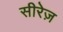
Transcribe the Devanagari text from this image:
सीरेज़